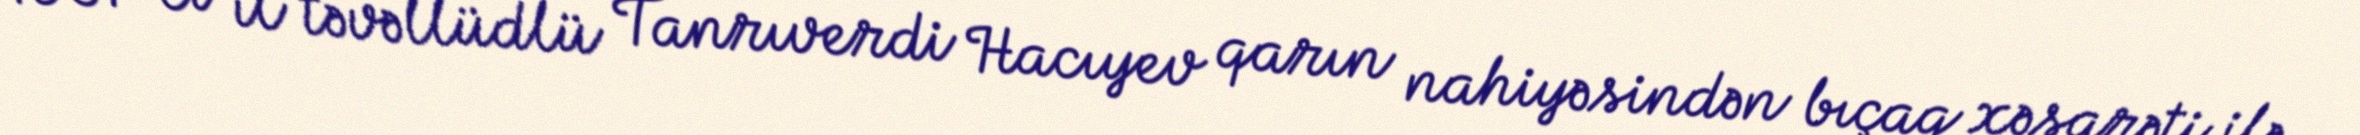
1961-ci il təvəllüdlü Tanrıverdi Hacıyev qarın nahiyəsindən bıçaq xəsarəti ilə